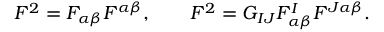
{ \cal F } ^ { 2 } = { \cal F } _ { \alpha \beta } { \cal F } ^ { \alpha \beta } , \qquad F ^ { 2 } = G _ { I J } F _ { \alpha \beta } ^ { I } F ^ { J \alpha \beta } .